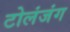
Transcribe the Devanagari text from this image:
टोलंजंग